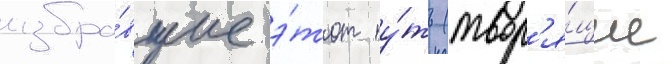
избра́вшие э́тот пу́ть (твор'я́щие